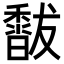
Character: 𥣣